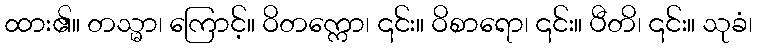
ထား၏။ တသ္မာ၊ ကြောင့်။ ဝိတက္ကော၊ ၎င်း။ ဝိစာရော၊ ၎င်း။ ပီတိ၊ ၎င်း။ သုခံ၊